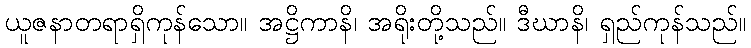
ယူဇနာတရာရှိကုန်သော။ အဋ္ဌိကာနိ၊ အရိုးတို့သည်။ ဒီဃာနိ၊ ရှည်ကုန်သည်။